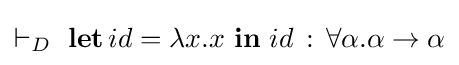
\vdash _{D}\ {\textbf {let}}\,id=\lambda x.x\ {\textbf {in}}\ id\,:\,\forall \alpha .\alpha \rightarrow \alpha